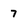
Character: 7